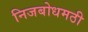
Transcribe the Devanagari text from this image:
निजबोधमठी